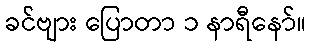
ခင်ဗျား ပြောတာ ၁ နာရီနော်။